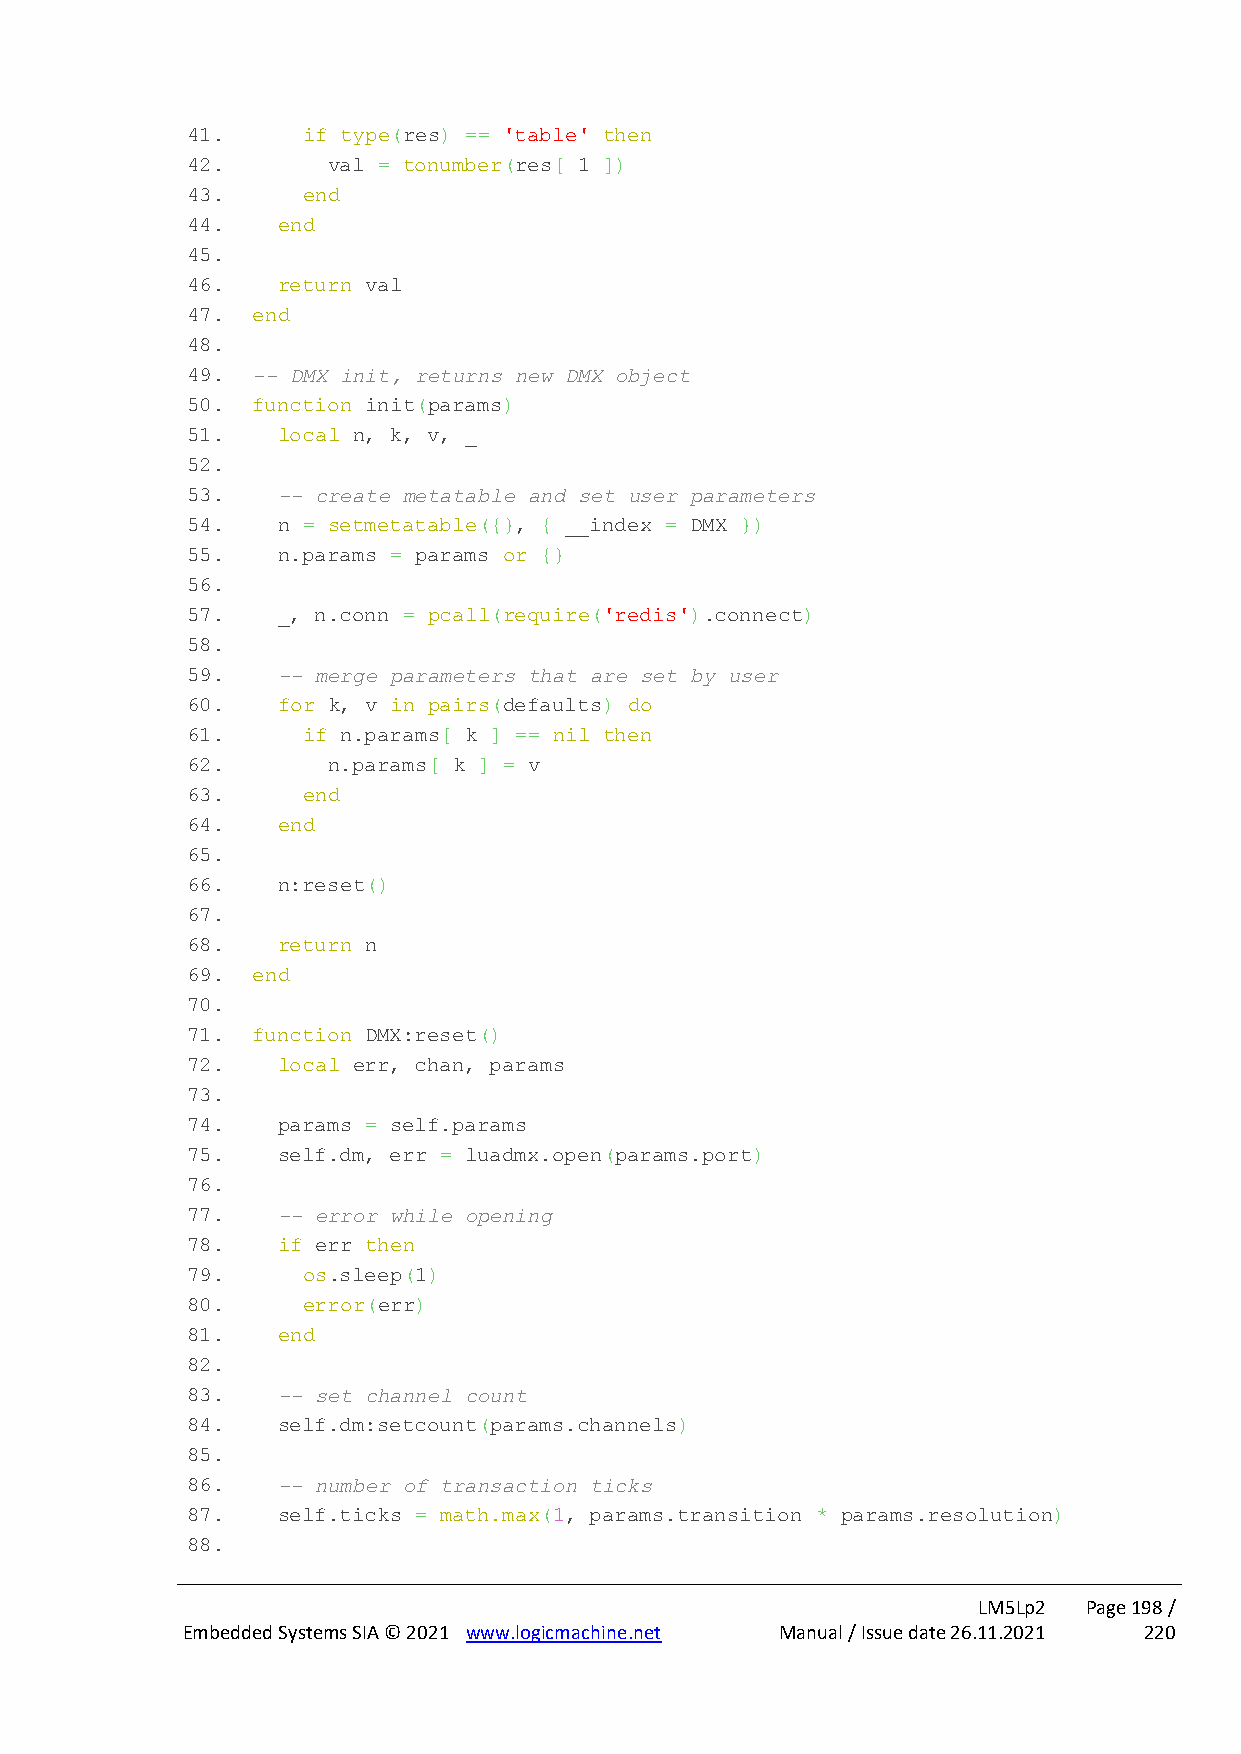
41.     if type(res) == 'table' then
 42.       val = tonumber(res[ 1 ])
 43.     end
 44.   end
 45.
 46.   return val
 47.  end
 48.
 49.  -- DMX init, returns new DMX object
 50.  function init(params)
 51.   local n, k, v, _
 52.
 53.   -- create metatable and set user parameters
 54.   n = setmetatable({}, { __index = DMX })
 55.   n.params = params or {}
 56.
 57.   _, n.conn = pcall(require('redis').connect)
 58.
 59.   -- merge parameters that are set by user
 60.   for k, v in pairs(defaults) do
 61.     if n.params[ k ] == nil then
 62.       n.params[ k ] = v
 63.     end
 64.   end
 65.
 66.   n:reset()
 67.
 68.   return n
 69.  end
 70.
 71.  function DMX:reset()
 72.   local err, chan, params
 73.
 74.   params = self.params
 75.   self.dm, err = luadmx.open(params.port)
 76.
 77.   -- error while opening
 78.   if err then
 79.     os.sleep(1)
 80.     error(err)
 81.   end
 82.
 83.   -- set channel count
 84.   self.dm:setcount(params.channels)
 85.
 86.   -- number of transaction ticks
 87.   self.ticks = math.max(1, params.transition * params.resolution)
 88.
 LM5Lp2 Page 198 /
 Embedded Systems SIA © 2021 www.logicmachine.net Manual / Issue date 26.11.2021 220